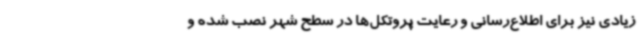
زیادی نیز برای اطلاع‌رسانی و رعایت پروتکل‌ها در سطح شهر نصب شده و